Civil Veterinary Dept. Bombay admin report 1923-31 - 1923-1931
Year: 1923
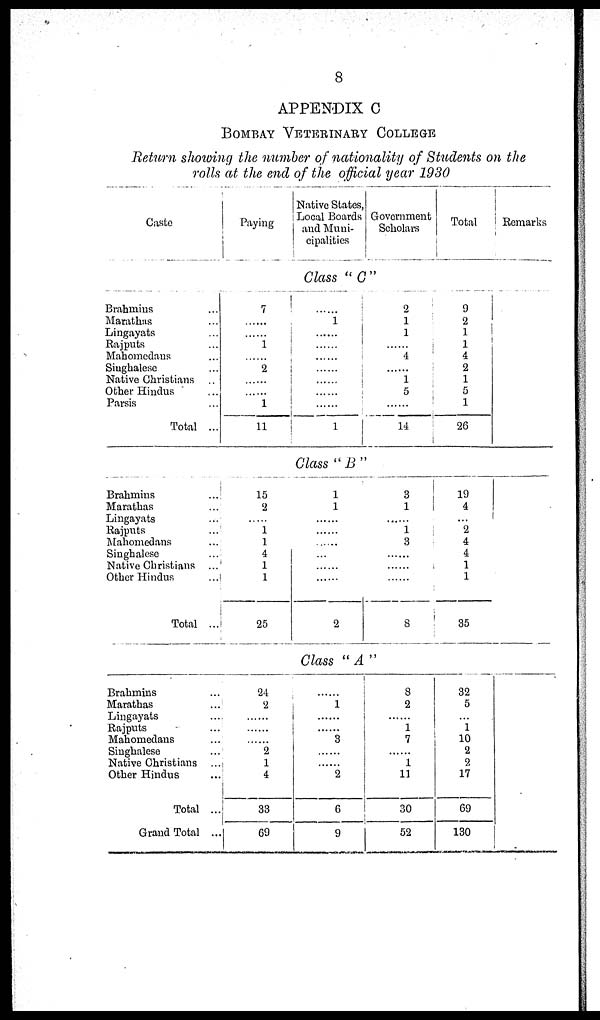
8
APPENDIX C
BOMBAY VETERINARY COLLEGE
Return showing the number of nationality of Students on the
rolls at the end of the official year 1930
Caste
Brahmins ...
Marathas ...
Lingayats ...
Rajputs ...
Mahomedans ...
Singhalese ...
Native Christians ..
Other Hindus ...
Parsis ...
Total ...
Brahmins ...
Marathas ...
Lingayats ...
Rajputs ...
Mahomedans ...
Singhalese ...
Native Christians ...
Other Hindus ...
Total ...
Brahmins ...
Marathas ...
Lingayats ...
Rajputs ...
Mahomedans ...
Singhalese ...
Native Christians ...
Other Hindus ...
Total ...
Grand Total ...
Paying
7
......
......
1
......
2
......
......
1
11
15
2
......
1
1
4
1
1
25
24
2
......
......
......
2
1
4
33
69
Native States,
Local Boards
and Muni-
cipalities
Government
Scholars
Class "C"
......
1
......
......
......
......
......
......
1
2
1
1
4
......
1
5
......
14
Class "B"
1
1
......
......
......
...
......
......
2
3
1
......
1
3
......
......
......
8
Class " A "
......
1
......
......
3
......
......
2
6
9
8
2
......
1
7
......
1
11
30
52
Total
9
2
1
1
4
2
1
5
1
26
19
4
...
2
4
4
1
1
35
32
5
...
i
10
2
2
17
69
130
Remarks